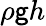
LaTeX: \rho\mathsf{g}h